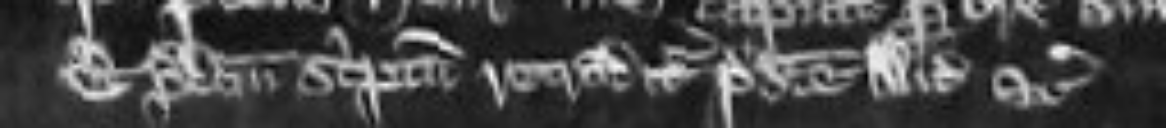
Et predictum scriptum retraditur predicte Alicie etc